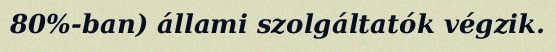
80%-ban) állami szolgáltatók végzik.